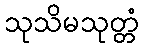
သုသိမသုတ္တံ